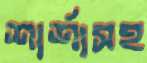
শার্শাসহ